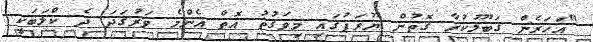
"އަހަރެން ގަބޫލުކުރާ ގޮތުން ޔޫރަޕުގައި މިވަގުތު އޮތް އެންމެ ވަރުގަދަ ދެ ކްލަބަކީ